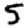
Digit: 5